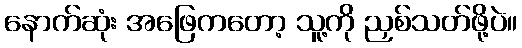
နောက်ဆုံး အဖြေကတော့ သူ့ကို ညှစ်သတ်ဖို့ပဲ။